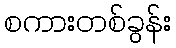
စကားတစ်ခွန်း